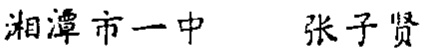
湘潭市一中 张子贤